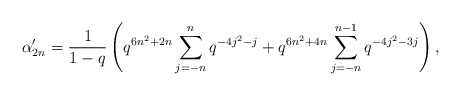
\begin{align*} \alpha'_{2n} = \frac{1}{1-q}\left(q^{6n^2+2n}\sum_{j=-n}^{n}q^{-4j^2-j} + q^{6n^2+4n}\sum_{j=-n}^{n-1}q^{-4j^2-3j}\right), \end{align*}